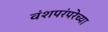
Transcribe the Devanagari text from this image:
वंशपरंपरेच्या